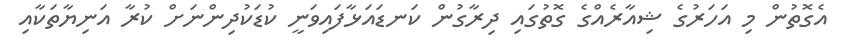
އެގޮތުން މި އަހަރުގެ ޝިއާރެއްގެ ގޮތުގައި ދިރާގުން ކަނޑައަޅާފައިވަނީ ކުޑަކުދިންނަށް ކުރާ އަނިޔާތަކާއި